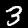
Label: 3